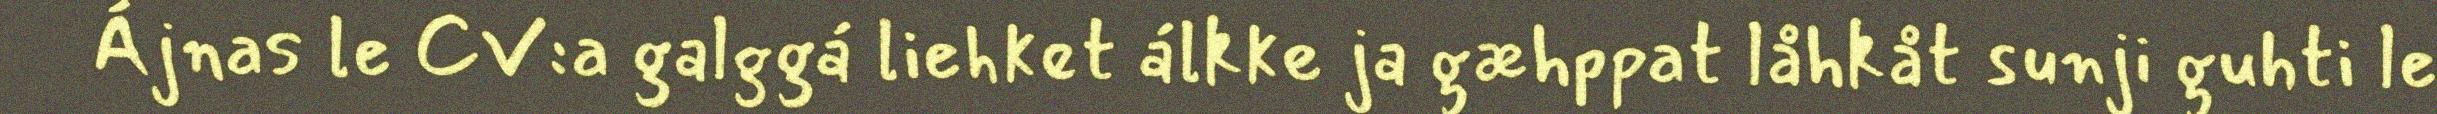
Ájnas le CV:a galggá liehket álkke ja gæhppat låhkåt sunji guhti le